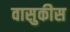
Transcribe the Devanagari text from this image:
वासुकीस